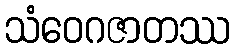
သံဝေဂဇာတဿ